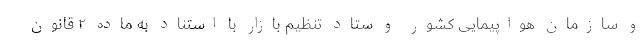
و سازمان هواپیمایی کشور و ستاد تنظیم بازار با استناد به ماده ۲ قانون